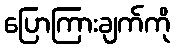
ပြောကြားချက်ကို